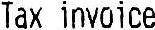
TAX INVOICE